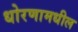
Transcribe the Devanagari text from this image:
धोरणामधील